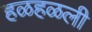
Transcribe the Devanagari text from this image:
हळहळली